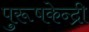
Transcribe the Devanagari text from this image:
पुरूषकेन्द्री